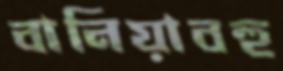
বানিয়াবহু